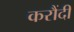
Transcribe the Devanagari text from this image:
करौंदी